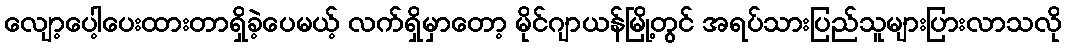
လျော့ပေါ့ပေးထားတာရှိခဲ့ပေမယ့် လက်ရှိမှာတော့ မိုင်ဂျာယန်မြို့တွင် အရပ်သားပြည်သူများပြားလာသလို